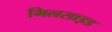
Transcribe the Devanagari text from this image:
मिलसाइड